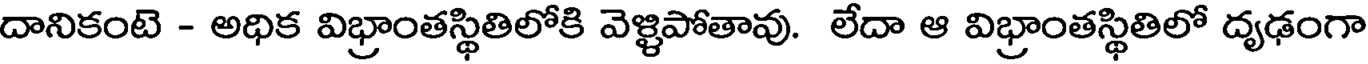
దానికంటె - అధిక విభ్రాంతస్థితిలోకి వెళ్ళిపోతావు. లేదా ఆ విభ్రాంతస్థితిలో దృఢంగా